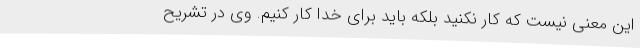
این معنی نیست که کار نکنید بلکه باید برای خدا کار کنیم. وی در تشریح